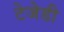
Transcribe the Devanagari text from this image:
टेजेडी